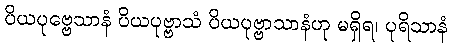
ပိယပုဗ္ဗေသာနံ ပိယပုဗ္ဗာသံ ပိယပုဗ္ဗာသာနံဟု မရှိရ၊ ပုရိသာနံ